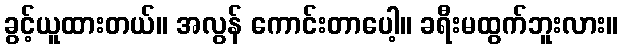
ခွင့်ယူထားတယ်။ အလွန် ကောင်းတာပေါ့။ ခရီးမထွက်ဘူးလား။